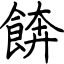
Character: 餴